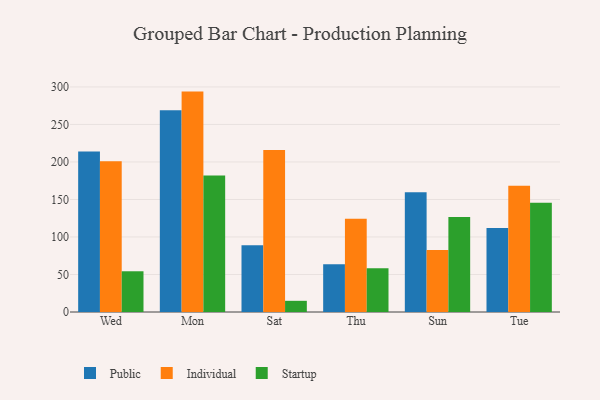
{"axis": {"x": "Day", "y": "Market Share (%)"}, "legend": ["Individual", "Public", "Startup"], "data": [{"x": "Wed", "y": 213.8, "type": "Public"}, {"x": "Wed", "y": 200.8, "type": "Individual"}, {"x": "Wed", "y": 54.3, "type": "Startup"}, {"x": "Mon", "y": 268.8, "type": "Public"}, {"x": "Mon", "y": 293.8, "type": "Individual"}, {"x": "Mon", "y": 182.0, "type": "Startup"}, {"x": "Sat", "y": 88.9, "type": "Public"}, {"x": "Sat", "y": 216.1, "type": "Individual"}, {"x": "Sat", "y": 14.9, "type": "Startup"}, {"x": "Thu", "y": 63.7, "type": "Public"}, {"x": "Thu", "y": 124.4, "type": "Individual"}, {"x": "Thu", "y": 58.2, "type": "Startup"}, {"x": "Sun", "y": 159.6, "type": "Public"}, {"x": "Sun", "y": 82.8, "type": "Individual"}, {"x": "Sun", "y": 126.6, "type": "Startup"}, {"x": "Tue", "y": 111.9, "type": "Public"}, {"x": "Tue", "y": 168.2, "type": "Individual"}, {"x": "Tue", "y": 145.7, "type": "Startup"}]}